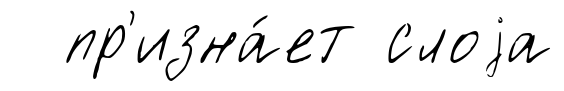
пр'изна́ет слоjа